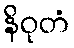
နိဝုတံ